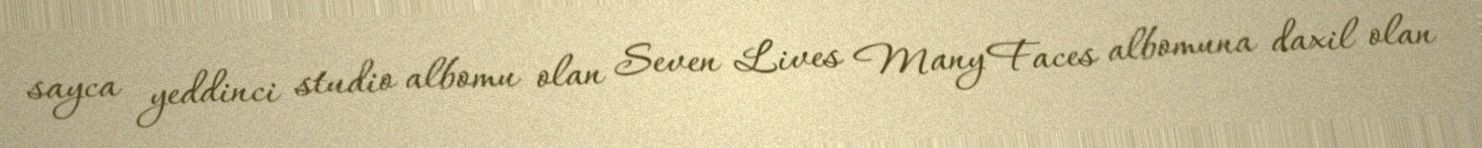
sayca yeddinci studio albomu olan Seven Lives Many Faces albomuna daxil olan